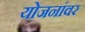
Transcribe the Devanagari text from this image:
योजनांवर